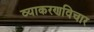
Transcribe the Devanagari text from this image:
व्याकरणविचार